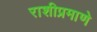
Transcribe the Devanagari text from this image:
राशीप्रमाणे